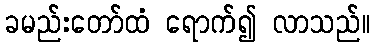
ခမည်းတော်ထံ ရောက်၍ လာသည်။